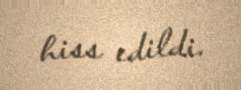
hiss edildi.